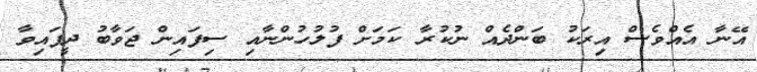
އޭނާ އެއްވެސް އިރަކު ބަންދެއް ނުކުރާ ކަމަށް ފުލުހުންނާއި ސިފައިން ޖަވާބު ދީފައިވާ